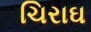
ચિરાઘ